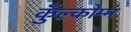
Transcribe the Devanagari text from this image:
कुँल्कोम्म